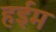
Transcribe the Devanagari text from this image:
हईम